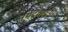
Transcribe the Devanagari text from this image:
नर्मदेवरच्या